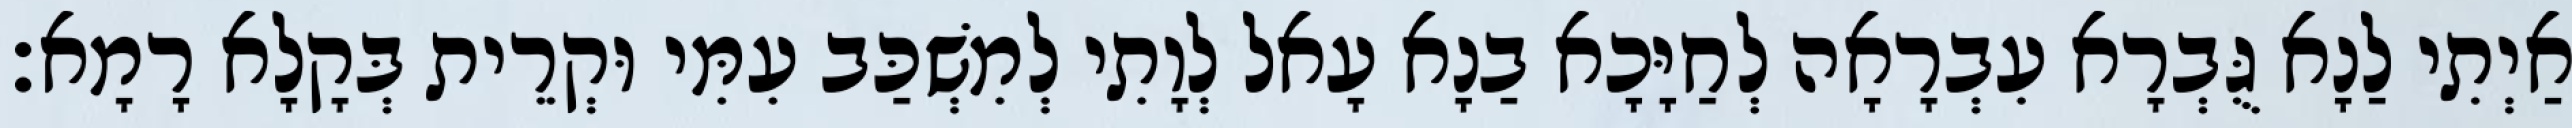
אַיְתִי לַנָא גֻּבְרָא עִבְרָאָה לְחַיָּכָא בַנָא עָאל לְוָתִי לְמִשְׁכַּב עִמִּי וּקְרֵית בְּקָלָא רָמָא׃